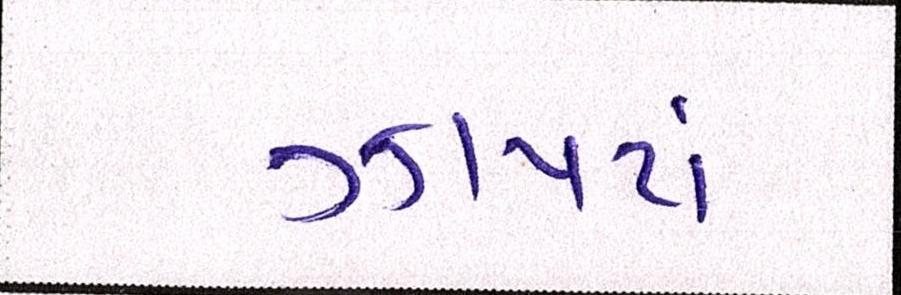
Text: ઝાપટાં